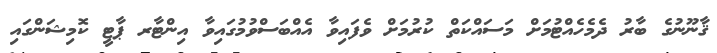
ޤާނޫނުގެ ބާރު ދެމެހެއްޓުމަށް މަސައްކަތް ކުރުމަށް ވެފައިވާ އެއްބަސްވުމުގައިވާ އިންޓާރ ޕާޓީ ކޮމިޝަންގައި